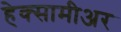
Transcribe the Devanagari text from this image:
हेक्सामीअर